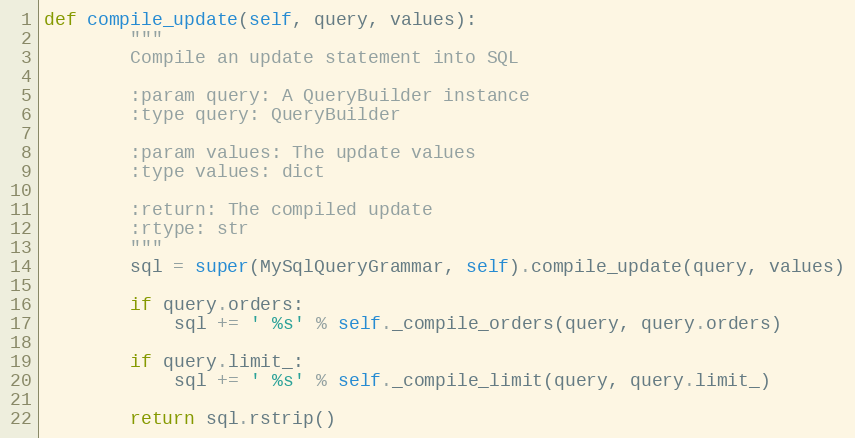
Language: Python
def compile_update(self, query, values):
        """
        Compile an update statement into SQL

        :param query: A QueryBuilder instance
        :type query: QueryBuilder

        :param values: The update values
        :type values: dict

        :return: The compiled update
        :rtype: str
        """
        sql = super(MySqlQueryGrammar, self).compile_update(query, values)

        if query.orders:
            sql += ' %s' % self._compile_orders(query, query.orders)

        if query.limit_:
            sql += ' %s' % self._compile_limit(query, query.limit_)

        return sql.rstrip()